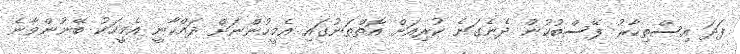
ފަދަ އިސްތިހާރު ފޭސްބުކުން ދެނެގަނެ ކުރިއަށް އޮތްތަނުގައި އެމީހުންނަށް ދައްކާނީ އެމީހަކު ބޭނުންވާނެ